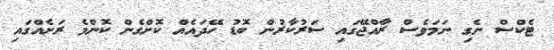
ޓެކްސް ނެގި ނަމަވެސް ރާއްޖޭގައި ސަރުކާރުން ބޮޑު ހޭދައެއް ކޮށްގެން ކޮންމެ ރަށެއްގައި